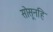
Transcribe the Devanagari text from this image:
सोसूनहि